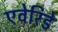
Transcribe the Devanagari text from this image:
एवेरिडे